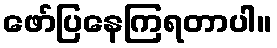
ဖော်ပြနေကြရတာပါ။